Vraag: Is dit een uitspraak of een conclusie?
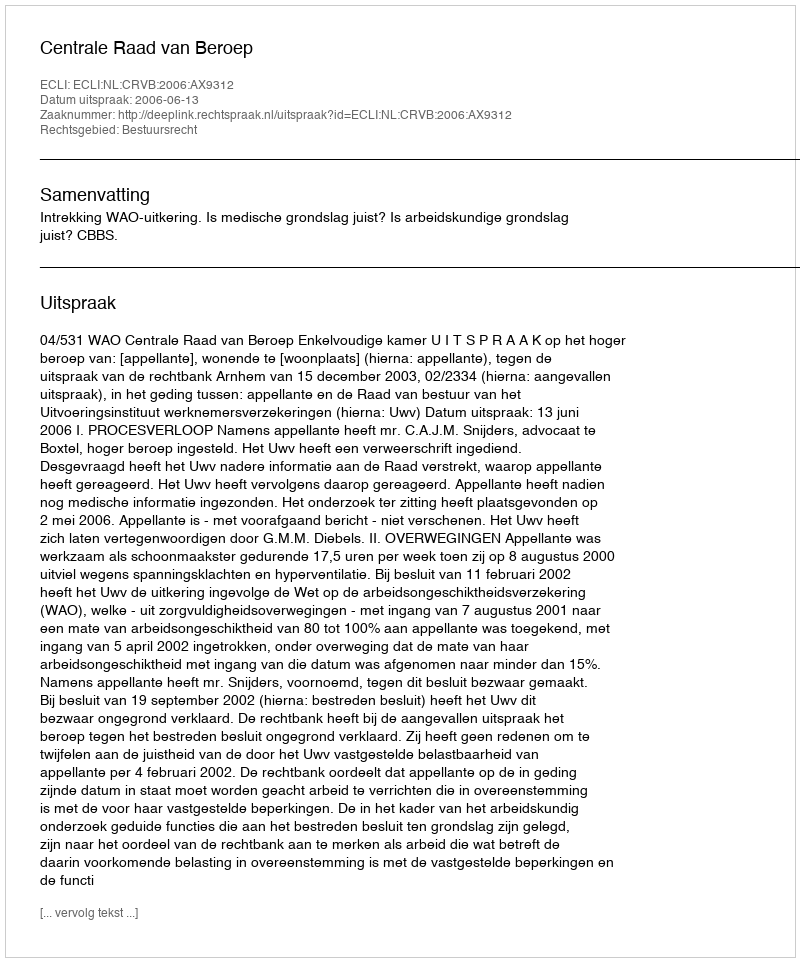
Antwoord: Uitspraak